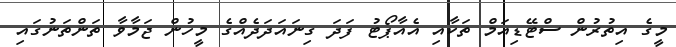
މީގެ އިތުރުން ސްޓޭޑިއަމް ތަކާއި އެއާޕޯޓު ފަދަ ގިނައަދަދެއްގެ މީހުން ޖަމާވާ ތަންތަނުގައި